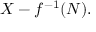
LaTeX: X - f ^ { - 1 } ( N ) .